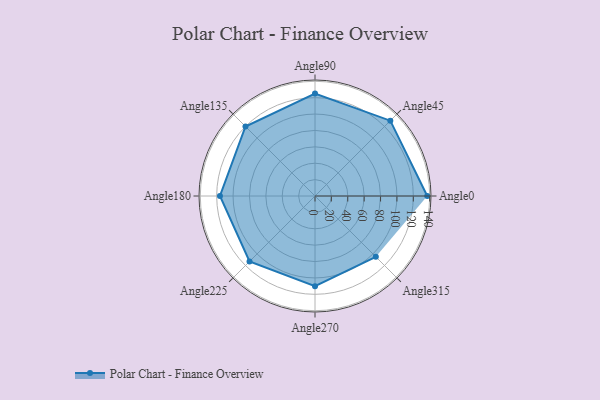
{"axis": {"x": "Angle", "y": "Radius"}, "legend": [""], "data": [{"x": "Angle0", "y": 137.0, "type": ""}, {"x": "Angle45", "y": 130.0, "type": ""}, {"x": "Angle90", "y": 125.0, "type": ""}, {"x": "Angle135", "y": 120.0, "type": ""}, {"x": "Angle180", "y": 116.0, "type": ""}, {"x": "Angle225", "y": 113.0, "type": ""}, {"x": "Angle270", "y": 110.0, "type": ""}, {"x": "Angle315", "y": 105.0, "type": ""}]}